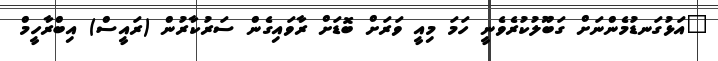
"އަޅުގަނޑުމެންނަށް ގަބޫލުކުރެވެނީ ހަމަ މިއީ ވަރަށް ބޮޑަށް ރާވައިގެން ސަރުކާރުން (ރައީސް) އިބްރާހީމް